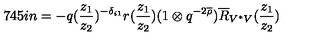
\hspace { . 7 4 5 i n } = - q ( \frac { z _ { 1 } } { z _ { 2 } } ) ^ { - \delta _ { i 1 } } r ( \frac { z _ { 1 } } { z _ { 2 } } ) ( 1 \otimes q ^ { - 2 \overline { { \rho } } } ) \overline { { R } } _ { V ^ { * } V } ( \frac { z _ { 1 } } { z _ { 2 } } )